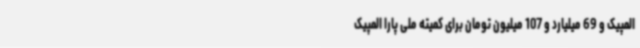
المپیک و 69 میلیارد و 107 میلیون تومان برای کمیته ملی پارا المپیک